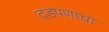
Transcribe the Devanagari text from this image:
दडपणाचा